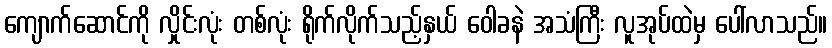
ကျောက်ဆောင်ကို လှိုင်းလုံး တစ်လုံး ရိုက်လိုက်သည့်နှယ် ဝေါခနဲ အသံကြီး လူအုပ်ထဲမှ ပေါ်လာသည်။